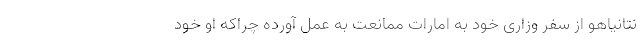
نتانیاهو از سفر وزاری خود به امارات ممانعت به عمل آورده چراکه او خود